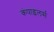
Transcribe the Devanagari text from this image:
कंपाइलर्स